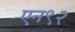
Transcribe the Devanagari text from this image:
एन९२